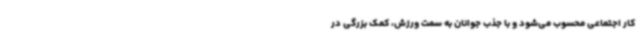
کار اجتماعی محسوب می‌شود و با جذب جوانان به سمت ورزش، کمک بزرگی در